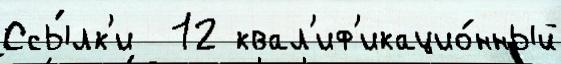
Ссы́лк'и  12 квал'иф'икацио́нный